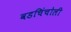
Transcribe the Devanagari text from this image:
वडचिंचोली